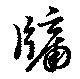
牖